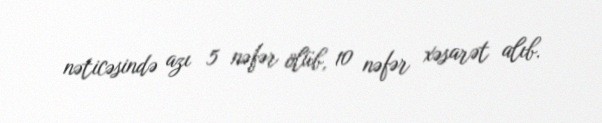
nəticəsində azı 5 nəfər ölüb, 10 nəfər xəsarət alıb.